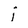
Character: i